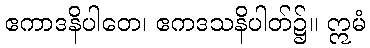
ဧကာဒနိပါတေ၊ ဧကဒသနိပါတ်၌။ ဣမံ